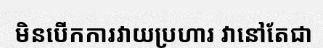
មិនបើកការវាយប្រហារ វានៅតែជា